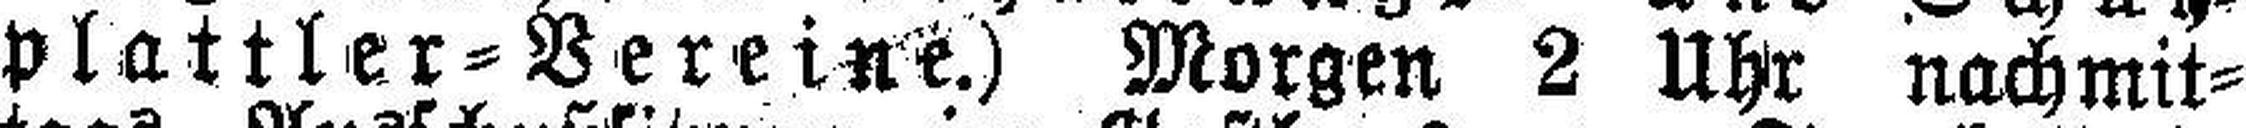
plattler=Vereine.) Morgen 2 Uhr nachmit¬